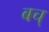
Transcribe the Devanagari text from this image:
बच्